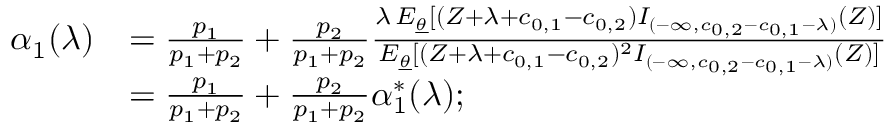
\begin{array} { r l } { \alpha _ { 1 } ( \lambda ) } & { = \frac { p _ { 1 } } { p _ { 1 } + p _ { 2 } } + \frac { p _ { 2 } } { p _ { 1 } + p _ { 2 } } \frac { \lambda \, E _ { \underline { { \theta } } } [ ( Z + \lambda + c _ { 0 , 1 } - c _ { 0 , 2 } ) I _ { ( - \infty , c _ { 0 , 2 } - c _ { 0 , 1 } - \lambda ) } ( Z ) ] } { E _ { \underline { { \theta } } } [ ( Z + \lambda + c _ { 0 , 1 } - c _ { 0 , 2 } ) ^ { 2 } I _ { ( - \infty , c _ { 0 , 2 } - c _ { 0 , 1 } - \lambda ) } ( Z ) ] } } \\ & { = \frac { p _ { 1 } } { p _ { 1 } + p _ { 2 } } + \frac { p _ { 2 } } { p _ { 1 } + p _ { 2 } } \alpha _ { 1 } ^ { * } ( \lambda ) ; } \end{array}